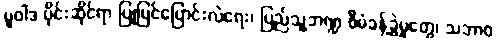
မူဝါဒ ပိုင်းဆိုင်ရာ ပြုပြင်ပြောင်းလဲရေး၊ ပြည်သူ့ဘဏ္ဍ စီမံခန့်ခွဲမှုတွေ၊ သဘာဝ